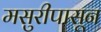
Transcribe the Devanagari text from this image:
मसुरीपासून